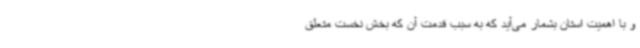
و با اهمیت استان بشمار می‌آید که به سبب قدمت آن که بخش نخست متعلق